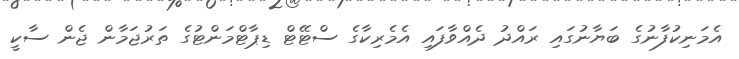
އެމަނިކުފާނުގެ ބަޔާނުގައި ރައްދު ދެއްވާފައި އެމެރިކާގެ ސްޓޭޓް ޑިޕާޓްމަންޓުގެ ތަރުޖަމާން ޖެން ސާކީ